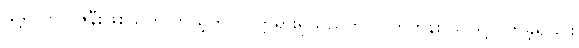
သို့ရာတွင် ဇနီးဖြစ်သူက ကိုယ့်တွင် ဝတ္တရားရှိသည်ဟု တိုက်တွန်း သဖြင့် လာခဲ့ရခြင်း